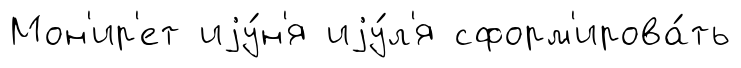
Мон'ир'ет иjу́н'я иjу́л'я сформ'ирова́ть